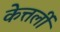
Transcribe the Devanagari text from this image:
केत्तर्ली